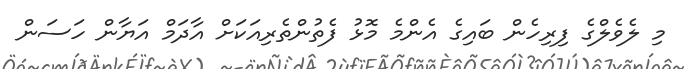
މި ލެވެލްގެ ފިރިހެން ބައިގެ އެންމެ މޮޅު ފެތުންތެރިއަކަށް އާދަމް އަޔާން ހަސަން